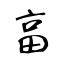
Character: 畗